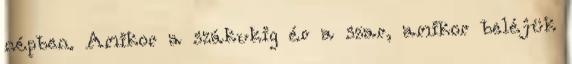
népben. Amikor a szákukig ér a szar, amikor beléjük